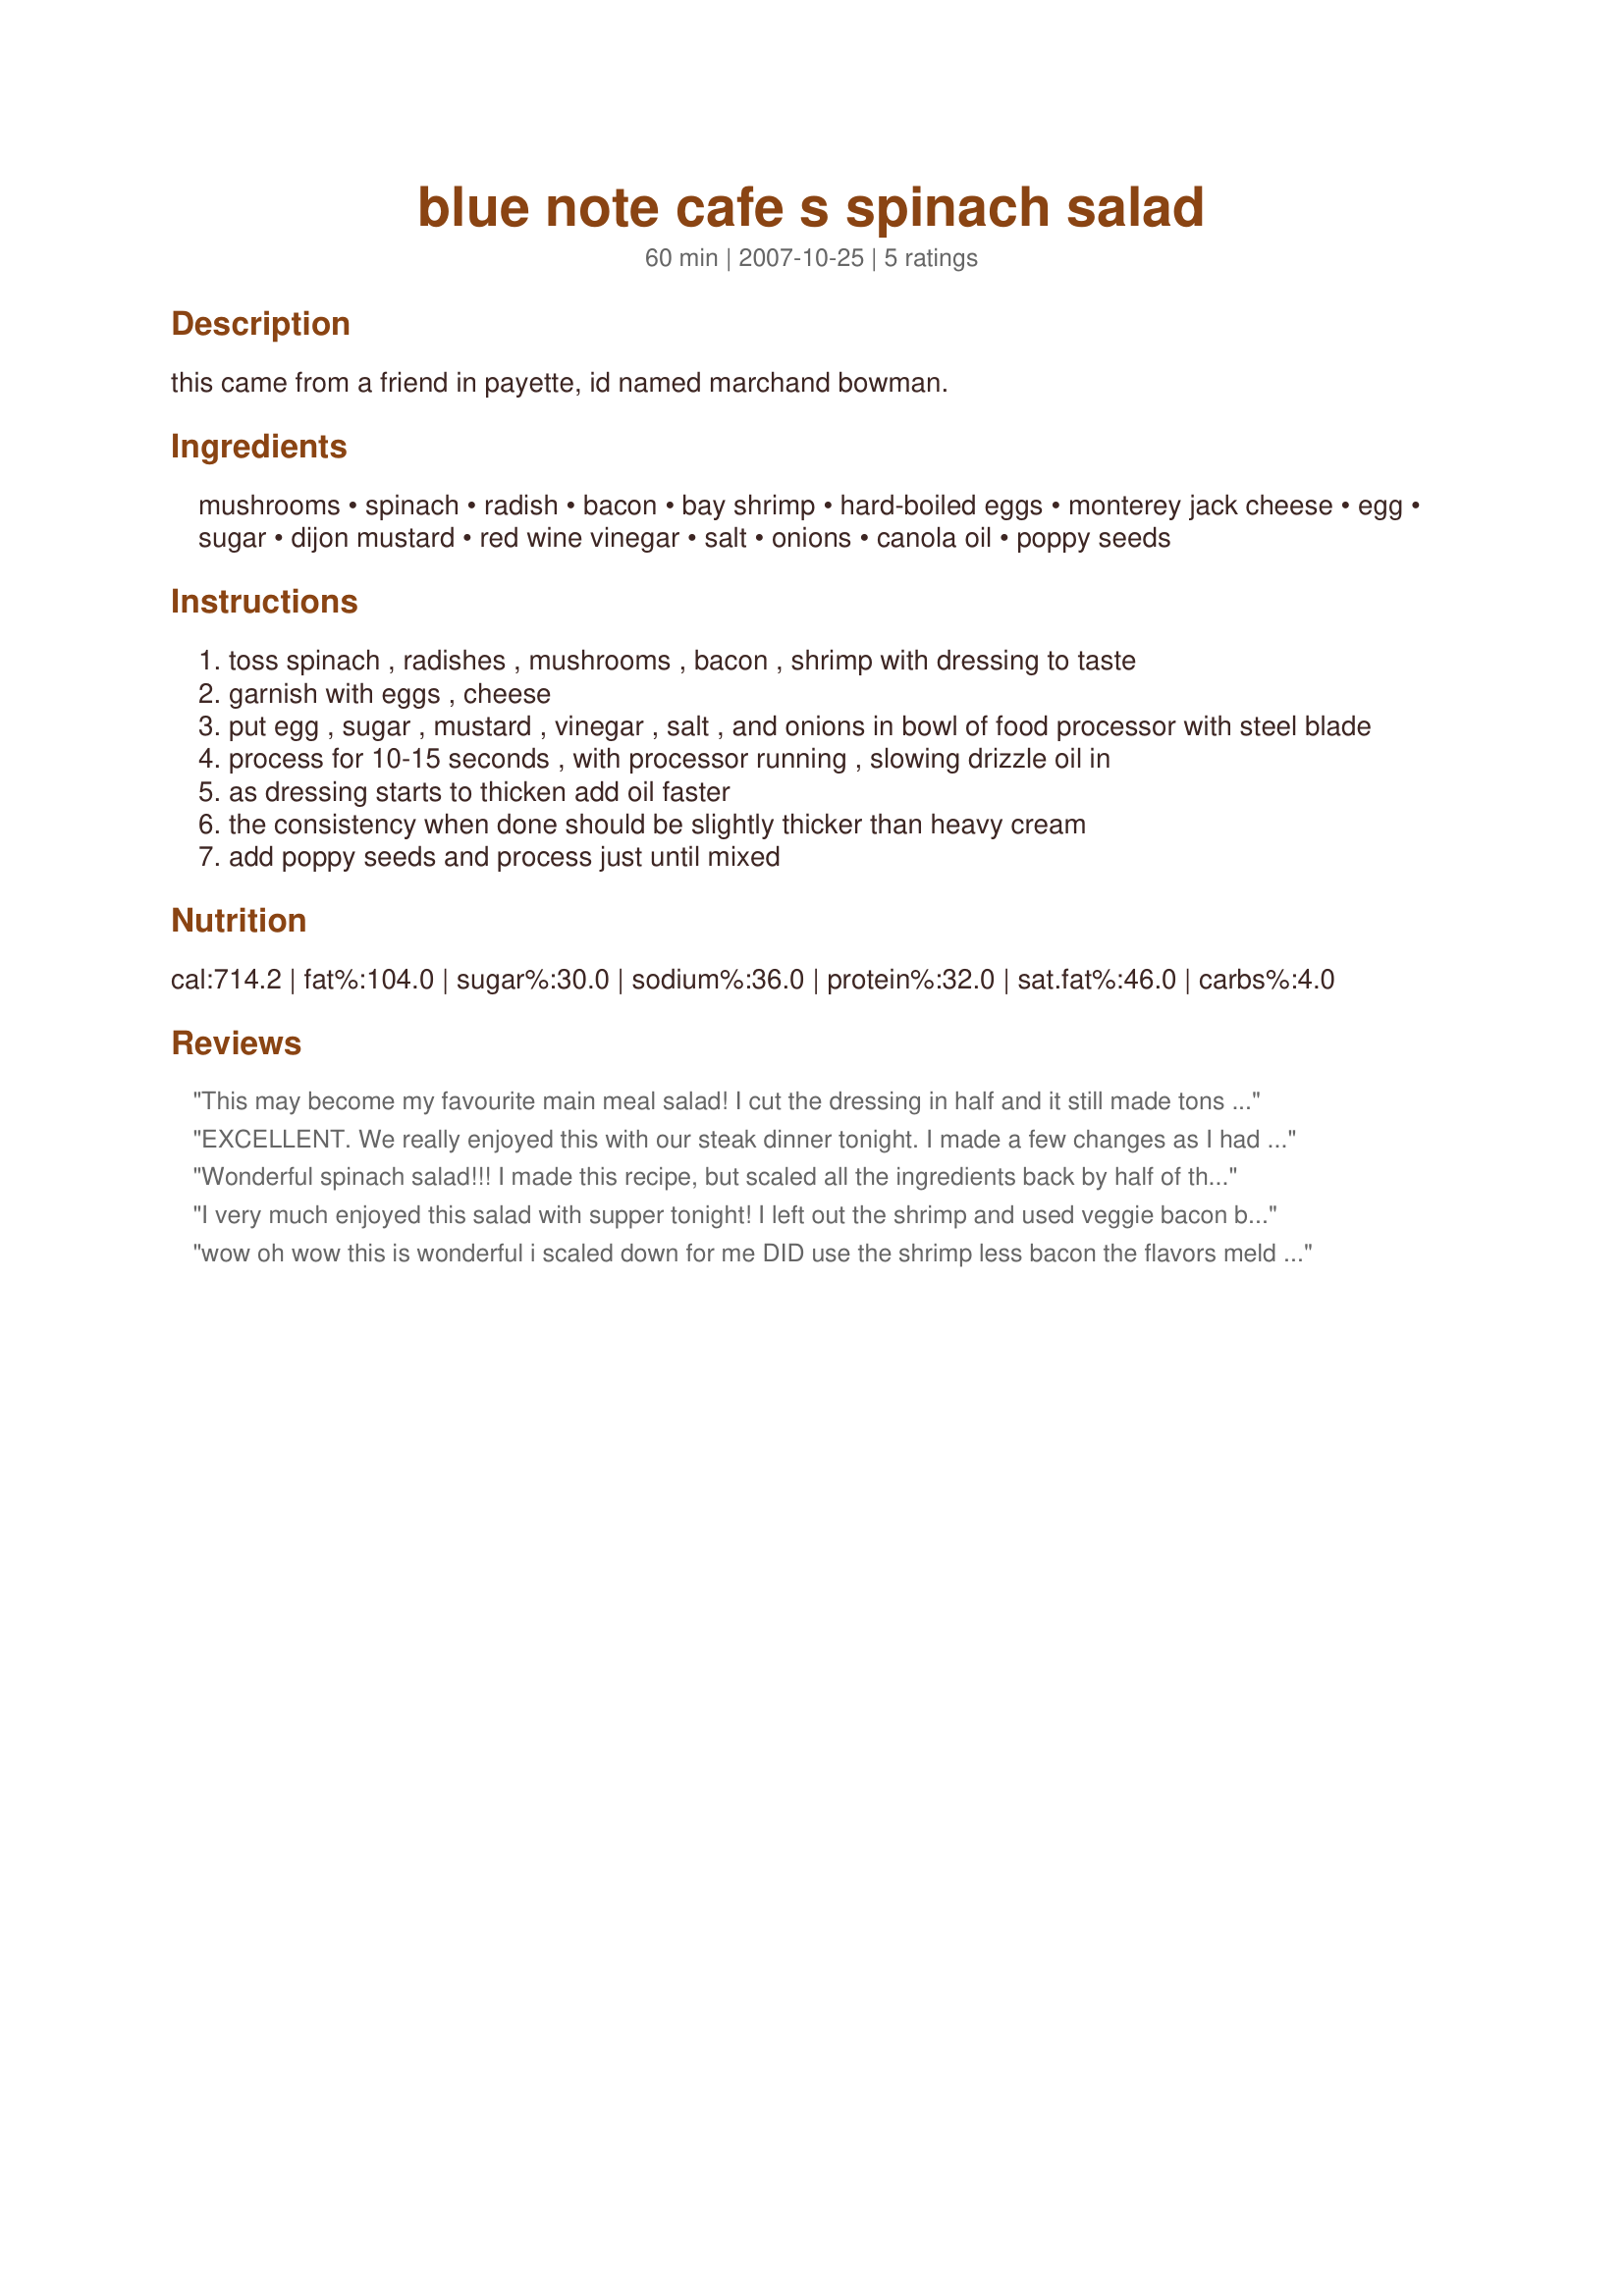
blue note cafe s spinach salad
Preparation time: 60 minutes

this came from a friend in payette, id named marchand bowman.

Ingredients:
mushrooms, spinach, radish, bacon, bay shrimp, hard-boiled eggs, monterey jack cheese, egg, sugar, dijon mustard, red wine vinegar, salt, onions, canola oil, poppy seeds

Steps:
toss spinach , radishes , mushrooms , bacon , shrimp with dressing to taste
garnish with eggs , cheese
put egg , sugar , mustard , vinegar , salt , and onions in bowl of food processor with steel blade
process for 10-15 seconds , with processor running , slowing drizzle oil in
as dressing starts to thicken add oil faster
the consistency when done should be slightly thicker than heavy cream
add poppy seeds and process just until mixed

Reviews:
This may become my favourite main meal salad! I cut the dressing in half and it still made tons but otherwise made exactly as directed. As we ate we kept saying things like &#039;this would be good with avocado or...&#039; but we loved it exactly as it was. Thanks so much for posting! Made for culinary Quest 2014
EXCELLENT. We really enjoyed this with our steak dinner tonight. I made a few changes as I had this as a side dish. I omitted the shrimp. I also omitted the radish, just don't care for them. I also sauteed the mushrooms for just a minute or two and used Parmesan cheese because that was what I had. No matter what changes you make to the salad ingredients, it is the dressing that makes this recipe. Absolutely delicious. Thanks for sharing. Made for PRMR :)
Wonderful spinach salad!!! I made this recipe, but scaled all the ingredients back by half of the amounts and didn&#039;t add the shrimp, and enjoyed it for lunch with a roll, so good!! Very similar to our family&#039;s favorite Bacon Spinach Salad recipe. Thanks for sharing the recipe. Made for &quot;For Your Consideration&quot; tag game.
I very much enjoyed this salad with supper tonight! I left out the shrimp and used veggie bacon bits. I scaled the recipe down and used a tiny bit of egg white for the egg. Thank you for a yummy salad!
wow oh wow this is wonderful i scaled down for me DID use the shrimp less bacon the flavors meld togethr sooo well great dinner salad
